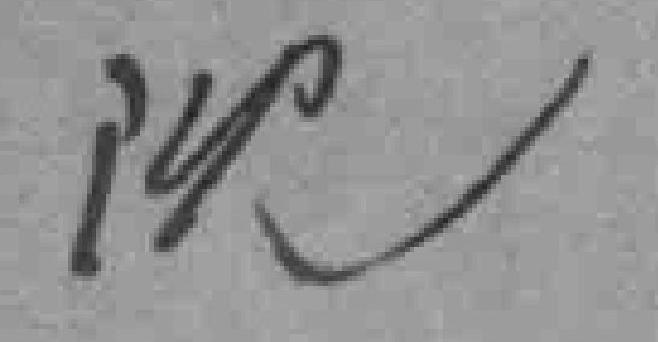
沈